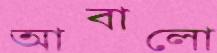
আবালো